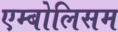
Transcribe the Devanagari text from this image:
एम्बोलिसम